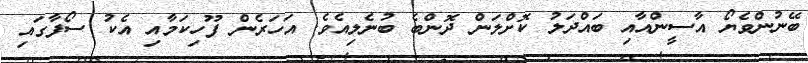
ބޭނުންވެޔޯ އާސީންއާއި ބައްދަލު ކޮށްލަން ދޮންބެ ބުނެލިއެވެ. އަހަރެން ފޫހިކަމާއި އެކު ސޯފާގައި